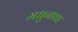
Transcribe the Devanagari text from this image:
मधुनाथा